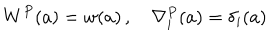
W ^ { P } ( a ) = w ( a ) \, , \quad \nabla _ { i } ^ { P } ( a ) = \delta _ { i } ( a )